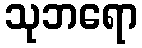
သုဘရော